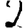
Digit: 2